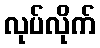
လုပ်လိုက်